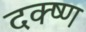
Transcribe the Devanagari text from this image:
दक्ष्ण